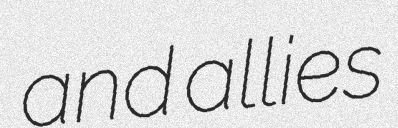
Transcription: and allies